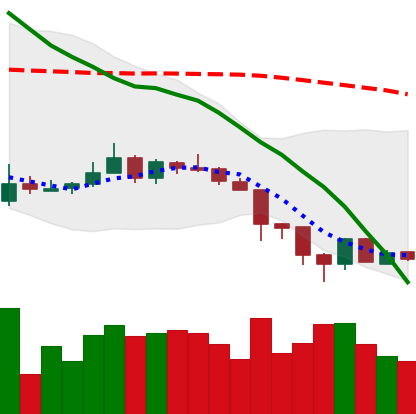
Ticker: XMR-USD
Chart end date: 2018-06-17
Forward return: -10.85%
Label: down_7plus